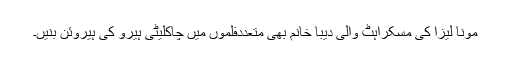
مونا لیزا کی مسکراہٹ والی دیبا خانم بھی متعددفلموں میں چاکلیٹی ہیرو کی ہیروئن بنیں۔